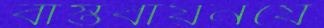
বাস্তবায়নযে